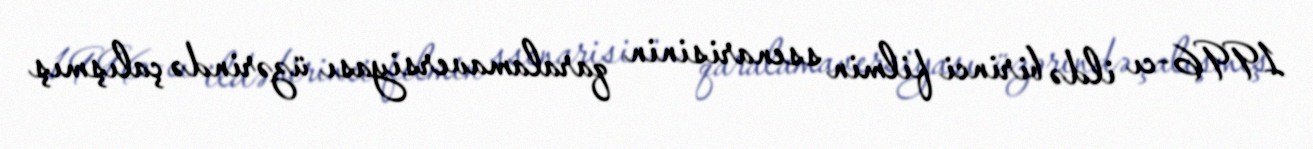
1996-cı ildə birinci filmin ssenarisinin qaralamaversiyası üzərində çalışmış